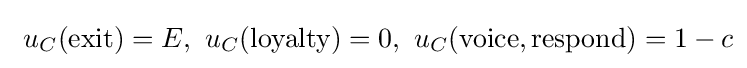
\ u_{C}({\text{exit}})=E,\ u_{C}({\text{loyalty}})=0,\ u_{C}({\text{voice}},{\text{respond}})=1-c